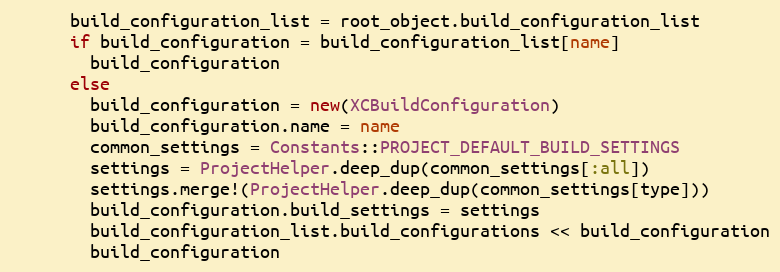
Language: Ruby
      build_configuration_list = root_object.build_configuration_list
      if build_configuration = build_configuration_list[name]
        build_configuration
      else
        build_configuration = new(XCBuildConfiguration)
        build_configuration.name = name
        common_settings = Constants::PROJECT_DEFAULT_BUILD_SETTINGS
        settings = ProjectHelper.deep_dup(common_settings[:all])
        settings.merge!(ProjectHelper.deep_dup(common_settings[type]))
        build_configuration.build_settings = settings
        build_configuration_list.build_configurations << build_configuration
        build_configuration